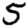
Digit: 5